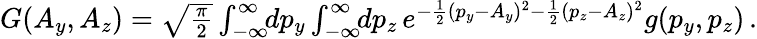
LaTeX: \begin{array}{r}{G(A_{y},A_{z})=\sqrt{\frac{\pi}{2}}\int_{-\infty}^{\infty}\! \! dp_{y}\int_{-\infty}^{\infty}\! \! dp_{z}\, e^{-\frac{1}{2}(p_{y}-A_{y})^{2}-\frac{1}{2}(p_{z}-A_{z})^{2}}g(p_{y},p_{z})\, .}\end{array}